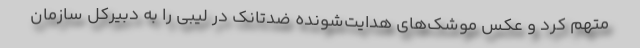
متهم کرد و عکس موشک‌های هدایت‌شونده ضدتانک در لیبی را به دبیرکل سازمان